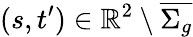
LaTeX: (s,t^{\prime})\in\mathbb{R}^{2}\setminus\overline{{\Sigma_{g}}}